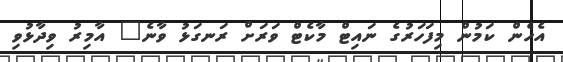
އެހެން ކަމުން މިފަހަރުގެ ނައިޓް މާކެޓް ވަރަށް ރަނގަޅު ވާނެ" އާމިރު ވިދާޅުވި